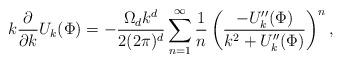
LaTeX: \begin{align*}k\frac{\partial}{\partial k}U_k(\Phi)=-\frac{\Omega_d k^d}{2(2\pi)^d}\sum_{n=1}^\infty\frac{1}{n}\left(\frac{-U_k^{\prime\prime}(\Phi)}{k^2+U_k^{\prime\prime}(\Phi)}\right)^n,\end{align*}